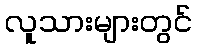
လူသားများတွင်